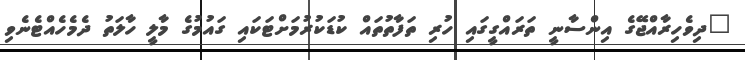
"ދިވެހިރާއްޖޭގެ އިންސާނީ ތަރައްގީގައި ހުރި ތަފާތުތައް ކުޑަކުރުމަށްޓަކައި ގައުމުގެ މާލީ ހާލަތު ދެމެހެއްޓެނެވި